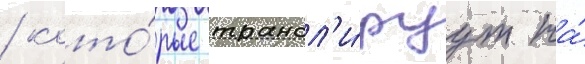
/ кото́рые трансл'и́руут на́